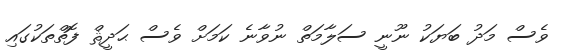
ވެސް މަދު ބަޔަކު ނޫނީ ސަލާމަތް ނުވާނެ ކަމަށް ވެސް ޙަދީޘް ފޮތްތަކުގައި